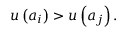
u \left( a _ { i } \right) > u \left( a _ { j } \right) .